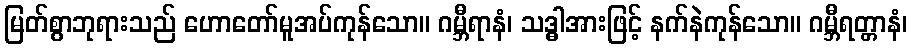
မြတ်စွာဘုရားသည် ဟောတော်မူအပ်ကုန်သော။ ဂမ္ဘီရာနံ၊ သဒ္ဓါအားဖြင့် နက်နဲကုန်သော။ ဂမ္ဘီရတ္တာနံ၊